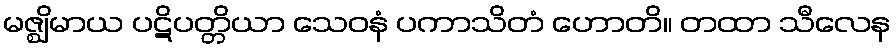
မဇ္ဈိမာယ ပဋိပတ္တိယာ သေဝနံ ပကာသိတံ ဟောတိ။ တထာ သီလေန